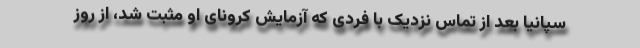
سپانیا بعد از تماس نزدیک با فردی که آزمایش کرونای او مثبت شد، از روز